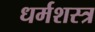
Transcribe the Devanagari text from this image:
धर्मशस्त्र